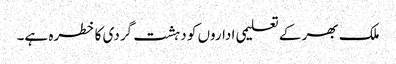
ملک بھر کے تعلیمی اداروں کو دہشت گردی کا خطرہ ہے۔